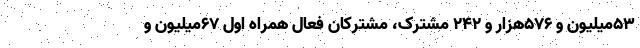
۵۳میلیون و ۵۷۶هزار و ۲۴۲ مشترک، مشترکان فعال همراه اول ۶۷میلیون و